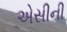
એસીની